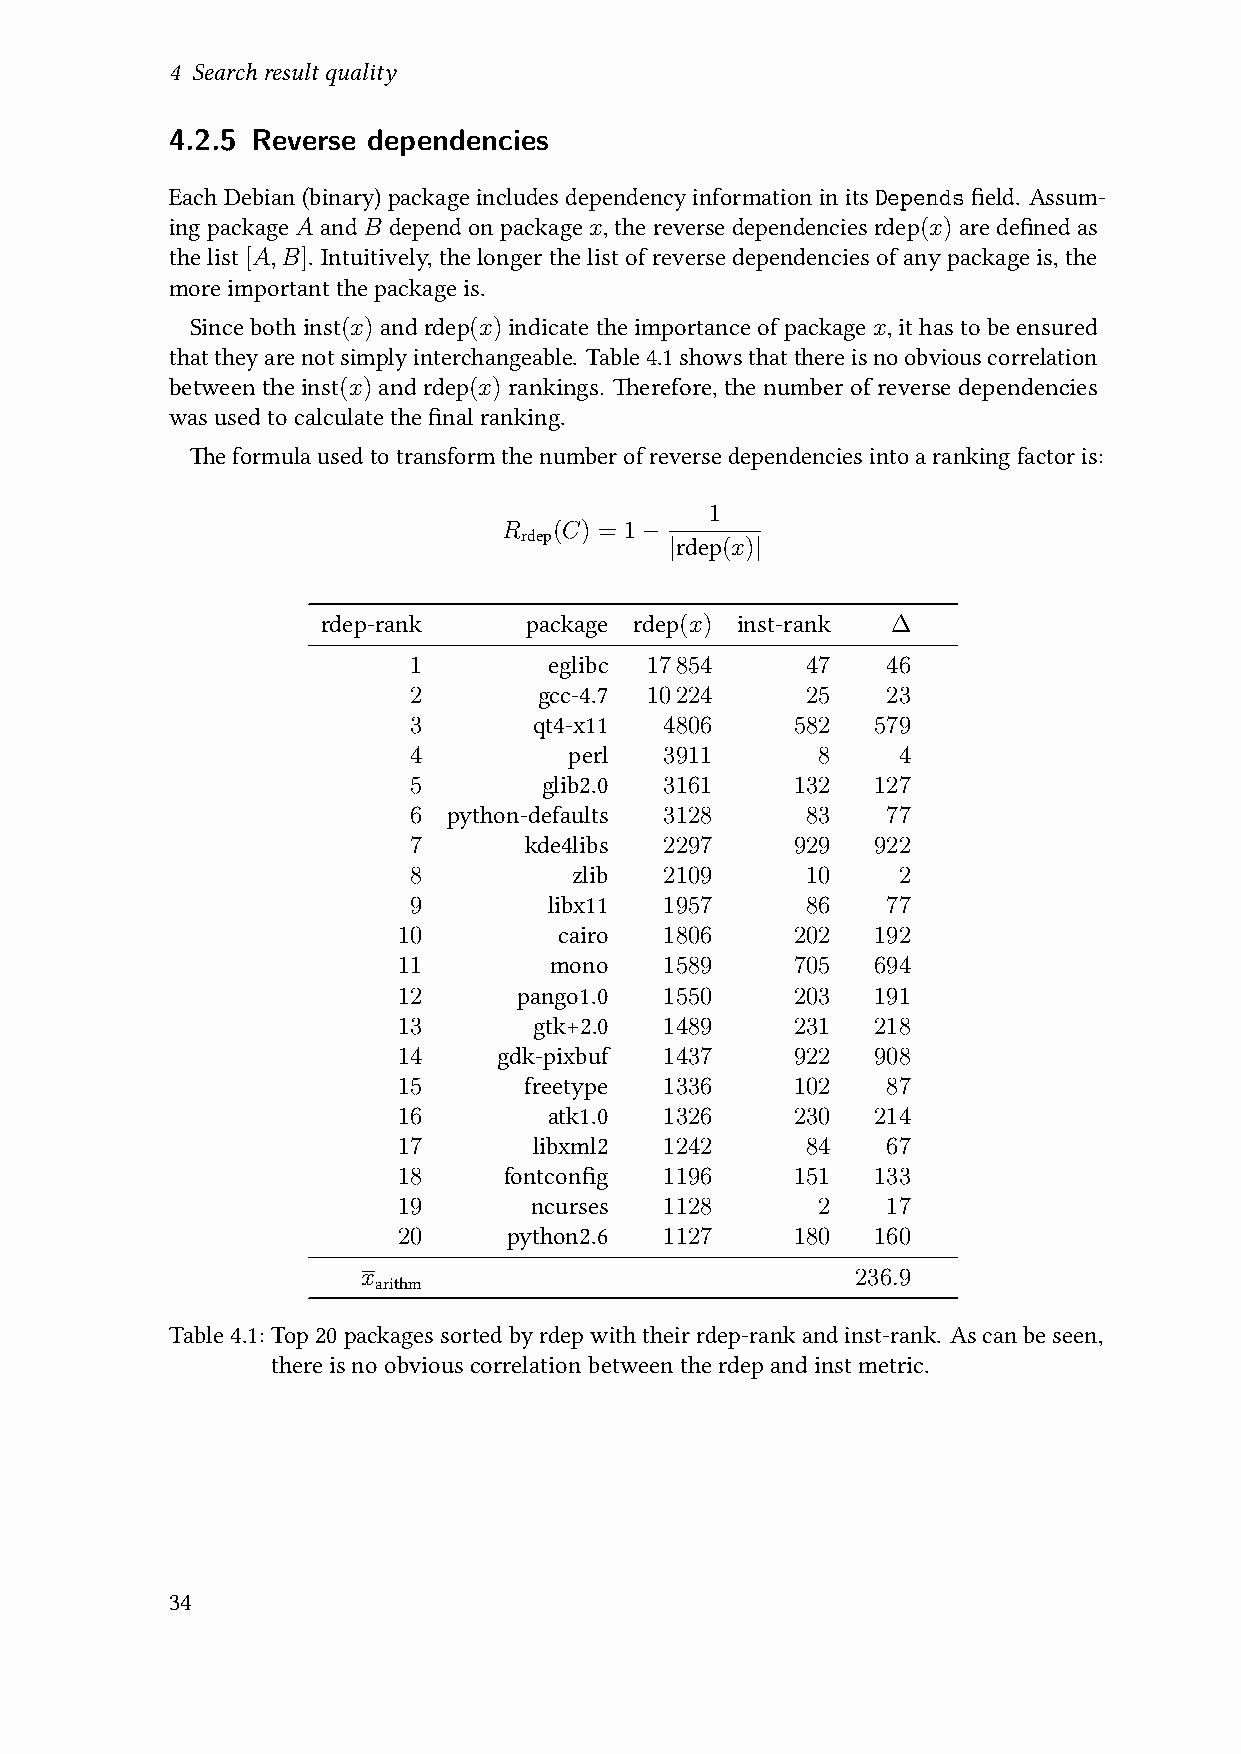
4 Searchresultquality
 4.2.5 Reverse dependencies
 EachDebian(binary)packageincludesdependencyinformationinitsDependsfield. Assum-
 ingpackageAandB dependonpackagex,thereversedependenciesrdep(x)aredefinedas
 the list [A,B]. Intuitively,the longerthe list of reverse dependencies of any package is, the
 moreimportantthepackageis.
 Sincebothinst(x)andrdep(x)indicatetheimportanceofpackagex,ithastobeensured
 thattheyarenotsimplyinterchangeable. Table4.1showsthatthereisnoobviouscorrelation
 between the inst(x) and rdep(x) rankings. Therefore, the number of reverse dependencies
 wasusedtocalculatethefinalranking.
 Theformulausedtotransformthenumberofreversedependenciesintoarankingfactoris:
 1
 R   (C) = 1−
 rdep      |rdep(x)|
 rdep-rank     package rdep(x) inst-rank ∆
 1        eglibc 17854     47    46
 2        gcc-4.7 10224    25    23
 3       qt4-x11  4806     582  579
 4          perl  3911      8    4
 5        glib2.0 3161     132  127
 6  python-defaults 3128   83    77
 7       kde4libs 2297     929  922
 8          zlib  2109     10    2
 9        libx11  1957     86    77
 10         cairo  1806     202  192
 11        mono    1589     705  694
 12      pango1.0  1550     203  191
 13       gtk+2.0  1489     231  218
 14     gdk-pixbuf 1437     922  908
 15       freetype 1336     102   87
 16        atk1.0  1326     230  214
 17       libxml2  1242     84    67
 18     fontconfig 1196     151  133
 19       ncurses  1128      2    17
 20      python2.6 1127     180  160
 x                                236.9
 arithm
 Table4.1:Top20packagessortedbyrdepwiththeirrdep-rankandinst-rank. Ascanbeseen,
 thereisnoobviouscorrelationbetweentherdepandinstmetric.
 34